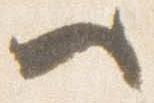
へ